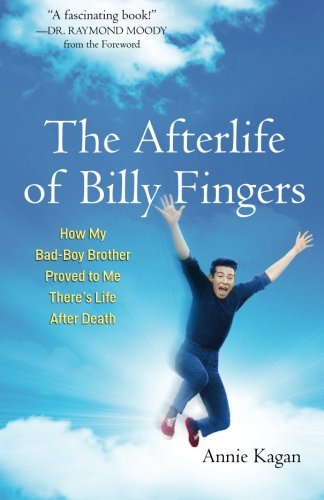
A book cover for The Afterlife of Billy Fingers: How My Bad-Boy Brother Proved to Me There's Life After Death; Annie Kagan; Religion & Spirituality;